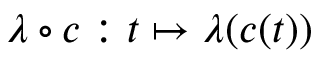
\lambda \circ c : t \mapsto \lambda ( c ( t ) )